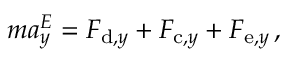
m a _ { y } ^ { E } = F _ { \mathrm { d } , y } + F _ { \mathrm { c } , y } + F _ { \mathrm { e } , y } \, ,